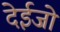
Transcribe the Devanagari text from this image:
देईजो